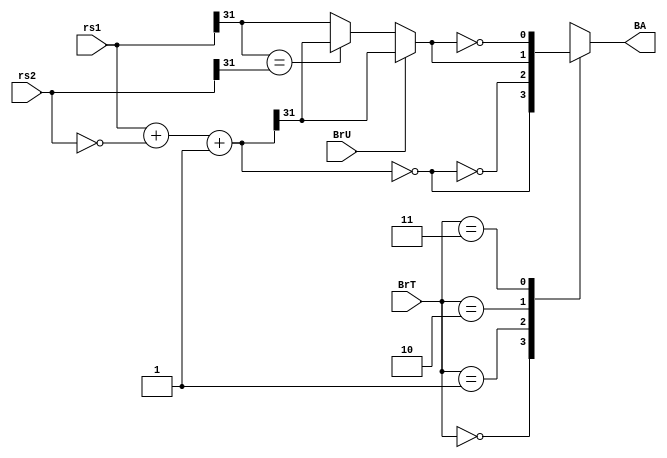
module Branch(rs1,rs2,BrT,BrU,BA);
    input [31:0] rs1,rs2;
    input [1:0] BrT;
    input BrU;
    output reg BA;

    wire Beq,Blt;
    wire [31:0] temp;
    //wire temp2;

    assign temp = rs1+(~rs2)+1;
    assign Beq = (temp==32'h00000000);
    assign Blt = (BrU) ? temp[31] : ((rs1[31]==rs2[31]) ? temp[31]:rs1[31]);//??????????????

    always@(*)
    begin    
        case(BrT)
            2'b00:BA=Beq;
            2'b01:BA=(~Beq);
            2'b10:BA=Blt;
            2'b11:BA=(~Blt);
        endcase
    end
endmodule